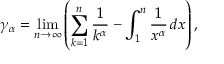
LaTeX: \gamma _ { \alpha } = \operatorname* { l i m } _ { n \to \infty } \left( \sum _ { k = 1 } ^ { n } { \frac { 1 } { k ^ { \alpha } } } - \int _ { 1 } ^ { n } { \frac { 1 } { x ^ { \alpha } } } \, d x \right) ,